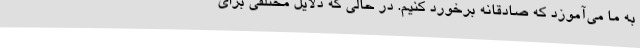
به ما می‌آموزد که صادقانه برخورد کنیم. در حالی که دلایل مختلفی برای